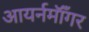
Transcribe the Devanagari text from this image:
आयर्नमॉँगर